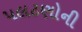
પલટણોની